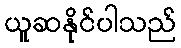
ယူဆနိုင်ပါသည်